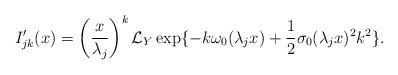
LaTeX: \begin{align*}I'_{jk}(x)&=\left(\frac{x}{\lambda_j}\right)^k\mathcal{L}_Y\exp\{-k\omega_0(\lambda_jx)+\dfrac{1}{2}\sigma_0(\lambda_jx)^2k^2\}.\end{align*}